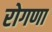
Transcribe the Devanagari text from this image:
रोगणा